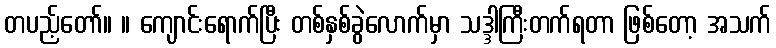
တပည့်တော်။ ။ ကျောင်းရောက်ပြီး တစ်နှစ်ခွဲလောက်မှာ သဒ္ဒါကြီးတက်ရတာ ဖြစ်တော့ အသက်